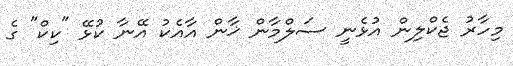
މިހާރު ޖެކްލިން އުޅެނީ ސަލްމާން ޚާން އާއެކު އޭނާ ކުޅޭ "ކިކް" ގެ